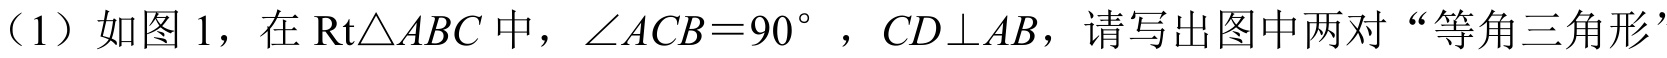
（1）如图 1，在$\text{Rt}\triangle ABC$中，$\angle ACB = 90^{\circ}$，$CD\perp AB$，请写出图中两对“等角三角形’